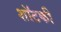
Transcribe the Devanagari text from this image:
शॉटकी